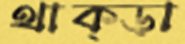
থাক্‌ড়া